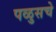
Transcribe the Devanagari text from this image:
पळुसचे